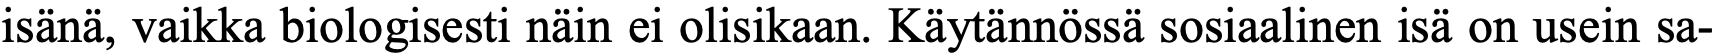
isänä, vaikka biologisesti näin ei olisikaan. Käytännössä sosiaalinen isä on usein sa-